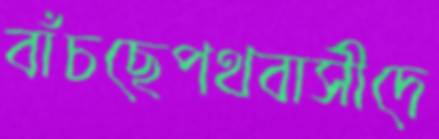
বাঁচছেপথবাসীদে